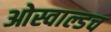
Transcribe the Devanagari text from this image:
ओस्वाल्डच